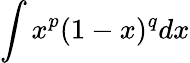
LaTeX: \int x^{p}(1-x)^{q}dx